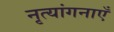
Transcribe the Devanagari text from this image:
नृत्यांगनाएँ